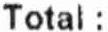
TOTAL :